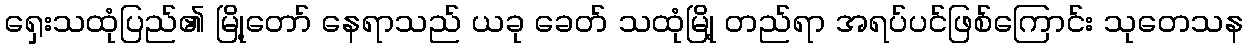
ရှေးသထုံပြည်၏ မြို့တော် နေရာသည် ယခု ခေတ် သထုံမြို့ တည်ရာ အရပ်ပင်ဖြစ်ကြောင်း သုတေသန